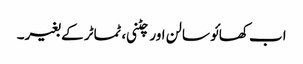
اب کھائو سالن اور چٹنی، ٹماٹر کے بغیر۔